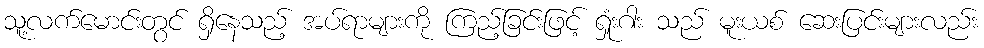
သူ့လက်မောင်းတွင် ရှိနေသည့် အပ်ရာများကို ကြည့်ခြင်းဖြင့် ရှုံးဂါး သည် မူးယစ် ဆေးပြင်းများလည်း